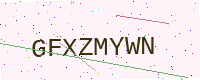
Text: GFXZMYWN